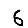
Digit: 6